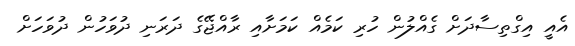
އެއީ އިގްތިސާދަށް ގެއްލުން ހުރި ކަމެއް ކަމަށާއި ރާއްޖޭގެ ދަރަނި ދުވަހުން ދުވަހަށް